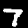
Digit: 7